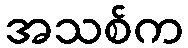
အသစ်က